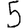
Digit: 5